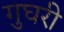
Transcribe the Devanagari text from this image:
गुघरी